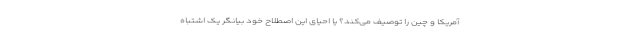
آمریکا و چین را توصیف می‌کند؟ یا احیای این اصطلاح خود بیانگر یک اشتباه